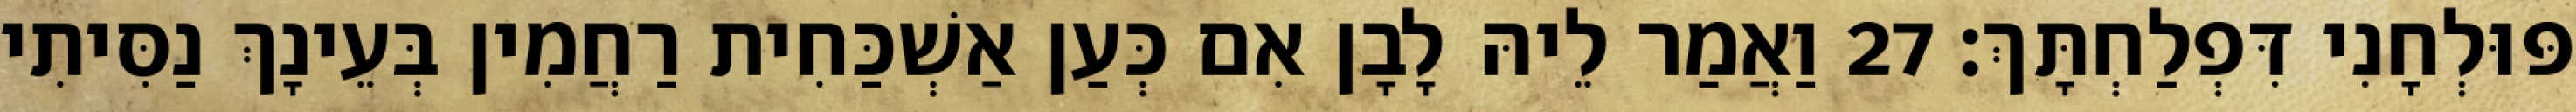
פּוּלְחָנִי דִּפְלַחְתָּךְ׃ 27 וַאֲמַר לֵיהּ לָבָן אִם כְּעַן אַשְׁכַּחִית רַחֲמִין בְּעֵינָךְ נַסִּיתִי